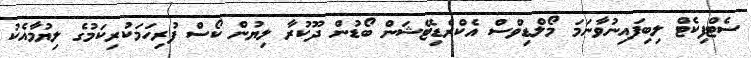
ސެޓްފިކެޓް ލިބިފައިނުވާނަމަ މޯލްޑިވްސް އެކްރެޑިޓޭޝަން ބޯޑުން ދޫކުރާ ލިޔުން ކޯސް ފުރިހަމަކުރިކަމުގެ ލިޔުމާއެކު